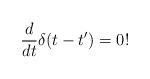
LaTeX: \begin{align*}\frac{d}{dt}\delta (t-t')=0!\end{align*}